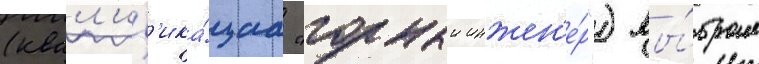
(квал'иф'ика́циа "горныи инжен'е́р") вы́брал